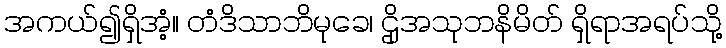
အကယ်၍ရှိအံ့။ တံဒိသာဘိမုခေ၊ ဌိုအသုဘနိမိတ် ရှိရာအရပ်သို့